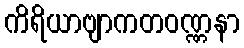
ကိရိယာဗျာကတဝဏ္ဏနာ